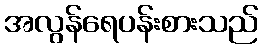
အလွန်ရေပန်းစားသည်